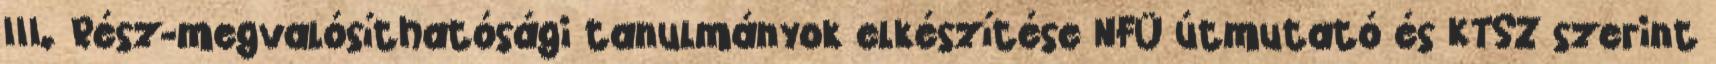
III. Rész-megvalósíthatósági tanulmányok elkészítése NFÜ útmutató és KTSZ szerint